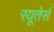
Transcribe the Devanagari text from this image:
रयूतेर्स